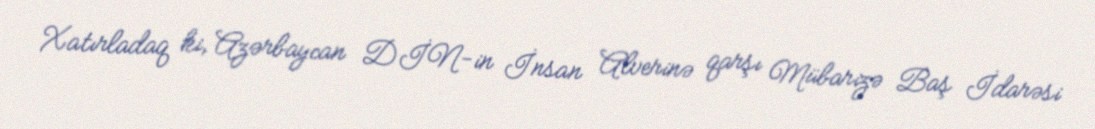
Xatırladaq ki, Azərbaycan DİN-in İnsan Alverinə qarşı Mübarizə Baş İdarəsi